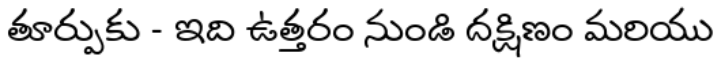
తూర్పుకు - ఇది ఉత్తరం నుండి దక్షిణం మరియు